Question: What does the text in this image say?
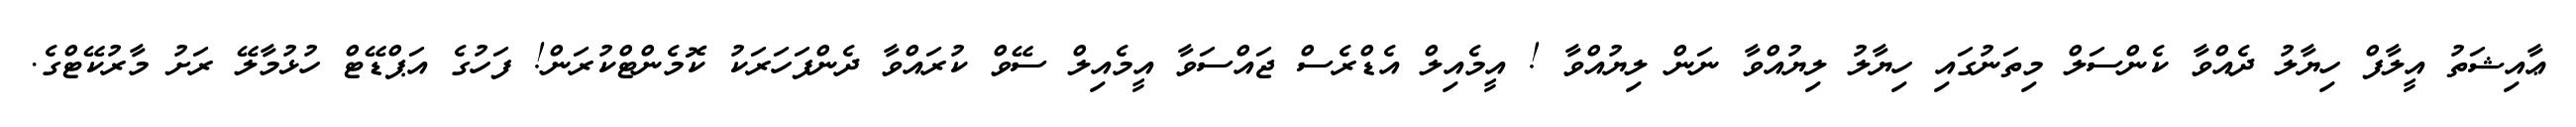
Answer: ޢާއިޝަތު އީލާފް ހިޔާލު ދެއްވާ ކެންސަލް މިތަނުގައި ހިޔާލު ލިޔުއްވާ ނަން ލިޔުއްވާ ! އީމެއިލް އެޑްރެސް ޖައްސަވާ އީމެއިލް ސޭވް ކުރައްވާ ދެންފަހަރަކު ކޮމެންޓްކުރަން! ފަހުގެ އަޕްޑޭޓް ހުޅުމާލޭ ރަށު މާރުކޭޓްގެ.